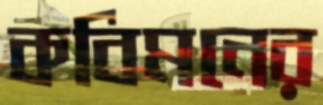
কবিমনের